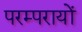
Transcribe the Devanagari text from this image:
परम्परायों